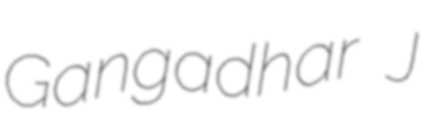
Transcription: Gangadhar J